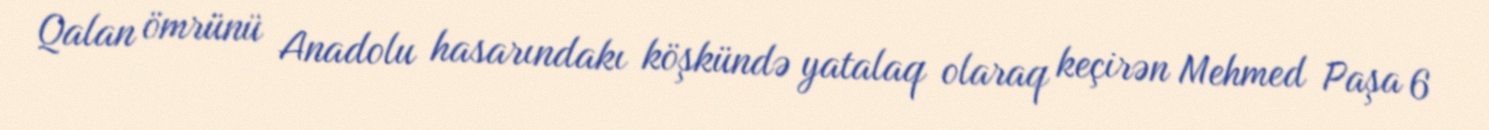
Qalan ömrünü Anadolu hasarındakı köşkündə yatalaq olaraq keçirən Mehmed Paşa 6